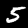
Digit: 5